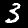
Label: 3